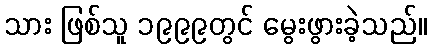
သား ဖြစ်သူ ၁၉၉၉တွင် မွေးဖွားခဲ့သည်။